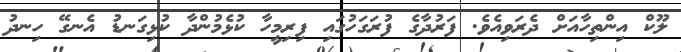
ލޫކް އިންތިހާއަށް ދެރަވިއެވެ. ފަރުދާގެ ފުރަގަހުގައި ފިރިމީހާ ކުޅެމުންދާ ކުޅިގަނޑު އެނގޭ ހިިނދު